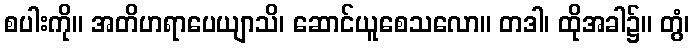
စပါးကို။ အတိဟရာပေယျာသိ၊ ဆောင်ယူစေသလော။ တဒါ၊ ထိုအခါ၌။ တွံ၊